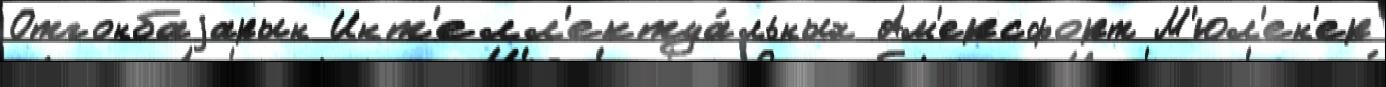
Отгонбаjарын Инт'елл'ектуа́льных Ам'ерсфорт М'юл'ен'ер